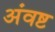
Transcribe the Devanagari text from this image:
अंवष्ट